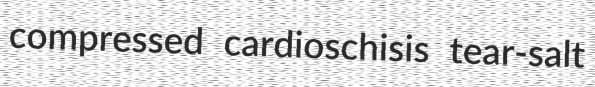
compressed cardioschisis tear-salt